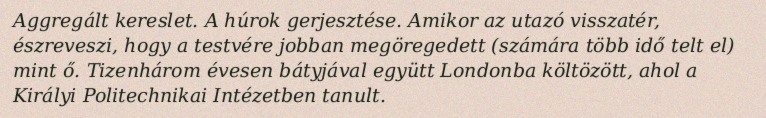
Aggregált kereslet. A húrok gerjesztése. Amikor az utazó visszatér, észreveszi, hogy a testvére jobban megöregedett (számára több idő telt el) mint ő. Tizenhárom évesen bátyjával együtt Londonba költözött, ahol a Királyi Politechnikai Intézetben tanult.